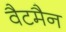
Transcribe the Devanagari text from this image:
वैटमैन